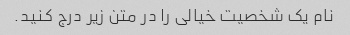
نام یک شخصیت خیالی را در متن زیر درج کنید.